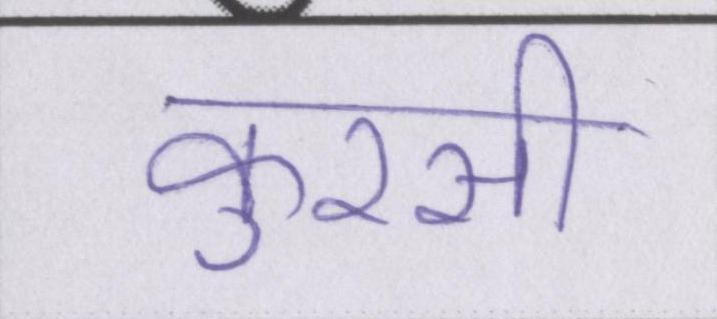
कुरसी